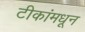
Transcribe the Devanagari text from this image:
टीकांमधून